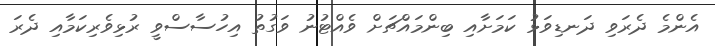
އެންމެ ދެރަވި ދަނޑިވަޅު ކަމަށާއި ބިންމައްޗަށް ވެއްޓުނު ވަގުތު އިހުސާސްވީ ރުޅިވެރިކަމާއި ދެރަ